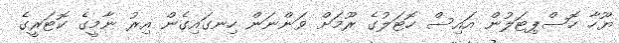
ޔޫހާ ހޮސްޕިޓަލުން އައިސް ހޮޓަލުގެ ރޫމަށް ވަންނަން ހިނގައިގެން އިރު ނާމީގެ ކޮޓަރީގެ